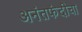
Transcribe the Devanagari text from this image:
अनंतफंदीचा